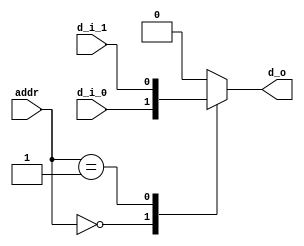
`timescale 1ns/1ps

module bus_mux #(parameter WIDTH = 1)(addr, d_i_0, d_i_1, d_o); //this mux will be expanded in future

localparam ADDR_WIDTH = $clog2(WIDTH);

input [ADDR_WIDTH-1:0] addr;
input [WIDTH-1:0] d_i_0;
input [WIDTH-1:0] d_i_1;

output reg [WIDTH-1:0] d_o;

always @* begin
	casez(addr)
		0: d_o = d_i_0;
		1: d_o = d_i_1;
		default: d_o = 0;
	endcase
end


endmodule